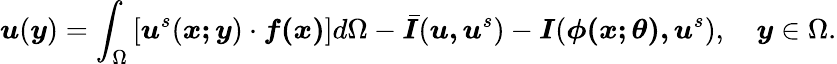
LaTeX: \boldsymbol{u}(\boldsymbol{y})=\int_{\Omega}\left[\boldsymbol{u}^{s}(\boldsymbol{x;y})\cdot\boldsymbol{f(x)}\right]d\Omega-\bar{\boldsymbol{I}}(\boldsymbol{u,u}^{s})-\boldsymbol{I}(\boldsymbol{\phi(\boldsymbol{x;\theta}),u}^{s}),\quad\boldsymbol{y}\in\Omega.